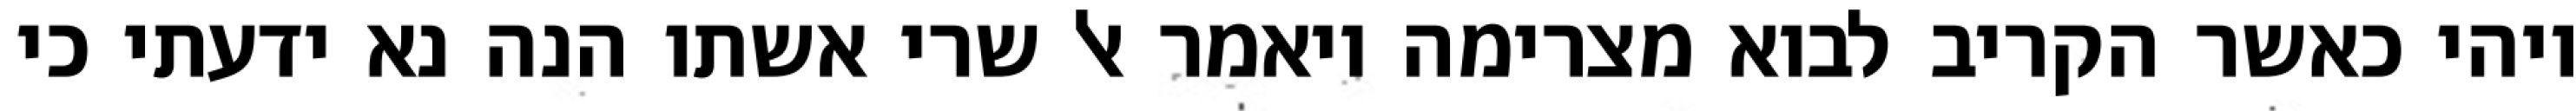
ויהי כאשר הקריב לבוא מצרימה ויאמר אל שרי אשתו הנה נא ידעתי כי